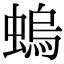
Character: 螐